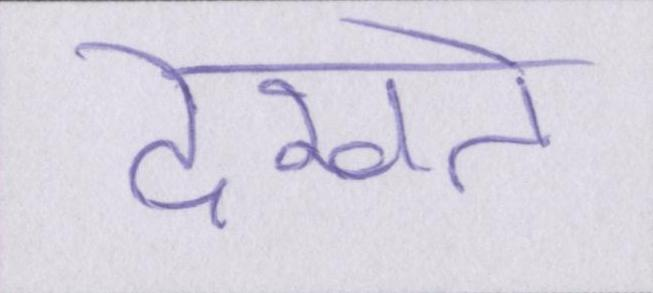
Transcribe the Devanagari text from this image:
देखते